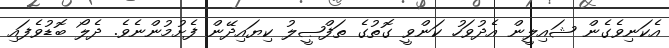
އެކަނިވެގެން ޝައިލީން އެދުވަހު ކަންވީ ގޮތުގެ ތަފްޞީލު ކިޔައިދޭން ފެށުމުންނެވެ. ދެލޯ ބޮޑުވެފައި